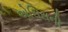
એસિસની